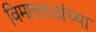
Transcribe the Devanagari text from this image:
विमानतळांच्या